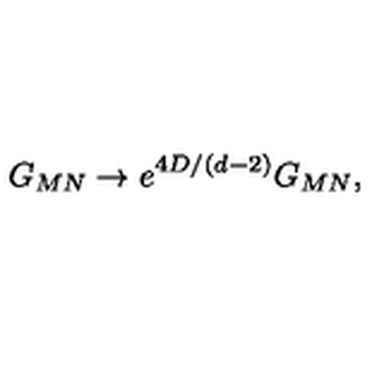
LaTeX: G _ { M N } \to e ^ { 4 D / ( d - 2 ) } G _ { M N } ,